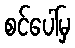
စင်ပေါ်မှ